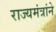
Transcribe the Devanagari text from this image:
राज्यमंत्रांने